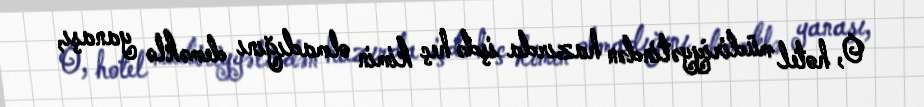
O, hotel müdiriyyətindən hazırda işdə heç kimin olmadığını deməklə yanaşı,